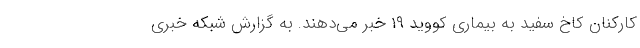
کارکنان کاخ سفید به بیماری کووید ۱۹ خبر می‌دهند. به گزارش شبکه خبری